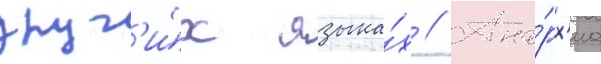
друг'и́х языка́х // Ана́рх'иа